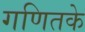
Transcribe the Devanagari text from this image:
गणितके